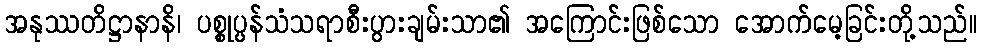
အနုဿတိဋ္ဌာနာနိ၊ ပစ္စုပ္ပန်သံသရာစီးပွားချမ်းသာ၏ အကြောင်းဖြစ်သော အောက်မေ့ခြင်းတို့သည်။